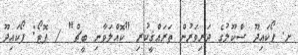
ށ. ފޯކައިދޫ ސްކޫލުގެ ދަރިވަރުން ތަރައްޤީކުރި "ކޮއްލަވާނި ބީޗް" / ފޮޓޯ: ފޯކައިދޫ